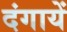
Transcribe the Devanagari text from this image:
दंगायें